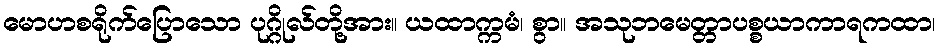
မောဟစရိုက်ပြောသော ပုဂ္ဂိုလ်တို့အား။ ယထာက္ကမံ၊ စွာ။ အသုဘမေတ္တာပစ္စယာကာရကထာ၊